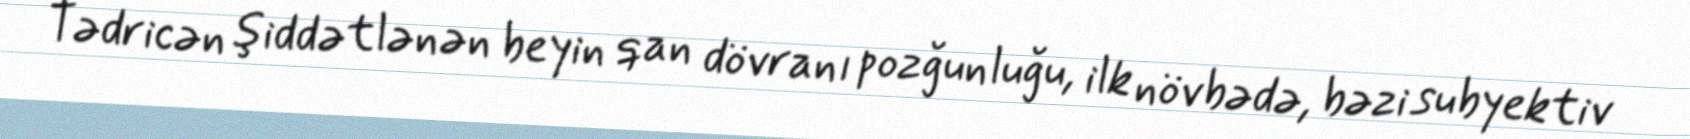
Tədricən şiddətlənən beyin qan dövranı pozğunluğu, ilk növbədə, bəzi subyektiv